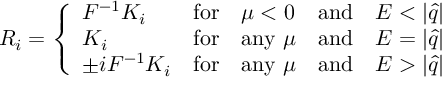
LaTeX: R _ { i } = \left\{ \begin{array} { l l l l l } { { { F } ^ { - 1 } { K } _ { i } } } & { { \mathrm { f o r } } } & { { \mu < 0 } } & { { \mathrm { a n d } } } & { { E < | \hat { q } | } } \\ { { { K } _ { i } } } & { { \mathrm { f o r } } } & { { \mathrm { a n y } ~ \mu } } & { { \mathrm { a n d } } } & { { E = | \hat { q } | } } \\ { { \pm i { F } ^ { - 1 } { K } _ { i } } } & { { \mathrm { f o r } } } & { { \mathrm { a n y } ~ \mu } } & { { \mathrm { a n d } } } & { { E > | \hat { q } | } } \end{array} \right.